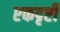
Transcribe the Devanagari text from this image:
एकदृष्टी